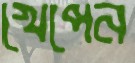
খেপেন